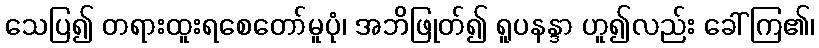
သေပြ၍ တရားထူးရစေတော်မူပုံ၊ အဘိဖြုတ်၍ ရူပနန္ဒာ ဟူ၍လည်း ခေါ်ကြ၏၊